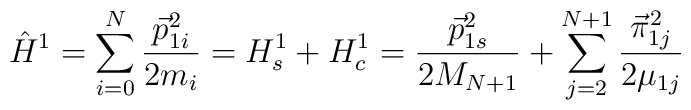
\hat{H}^1=\sum^N_{i=0}\frac{\vec{p}^2_{1i}}{2m_i}=H^1_s+H^1_c=\frac{\vec{p}_{1s}^2}{2M_{N+1}}+\sum_{j=2}^{N+1}\frac{\vec{\pi}_{1j}^2}{2\mu_{1j}}